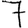
Digit: 7